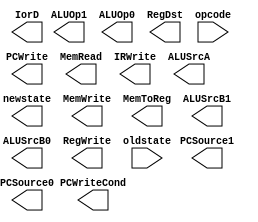
module multicyclecontroller(newstate, PCWrite, PCWriteCond, IorD, MemRead, MemWrite, IRWrite, MemToReg, PCSource1, PCSource0, ALUOp1, ALUOp0, ALUSrcB1, ALUSrcB0, ALUSrcA, RegWrite, RegDst, opcode, oldstate);
    input [3:0] oldstate;
    input [5:0] opcode;
    output PCWrite, PCWriteCond, IorD, MemRead, MemWrite, IRWrite, MemToReg, PCSource1, PCSource0, ALUOp1, ALUOp0, ALUSrcB1, ALUSrcB0, ALUSrcA, RegWrite, RegDst;
    output [3:0] newstate;
    reg [3:0] newstate;
    wire [16:0] andArray;

    assign andArray[0] = &(~oldstate);
    
endmodule